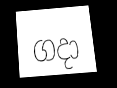
ගදා